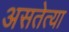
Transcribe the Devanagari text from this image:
असतेत्या